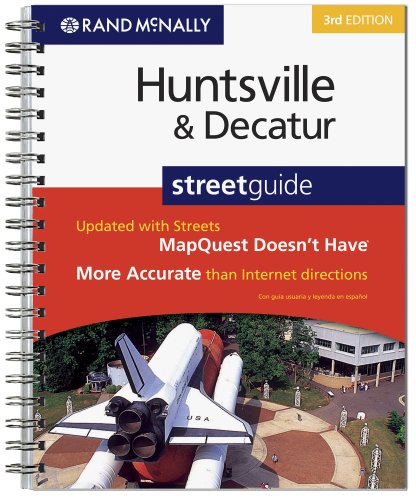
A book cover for Rand McNally 3rd Edition Huntsville & Decatur, Alabama: Street Guide; Rand McNally; Travel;